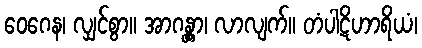
ဝေဂေန၊ လျှင်စွာ။ အာဂန္တွာ၊ လာလျက်။ တံပါဋိဟာရိယံ၊